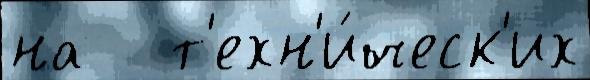
на   т'ехн'и́ческ'их